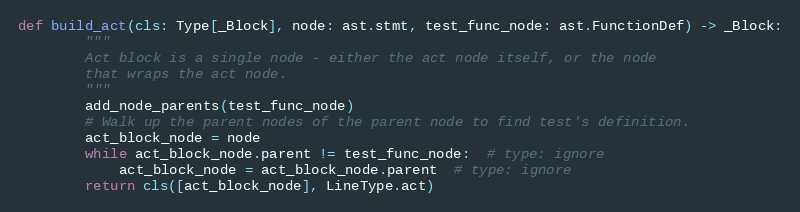
Language: Python
def build_act(cls: Type[_Block], node: ast.stmt, test_func_node: ast.FunctionDef) -> _Block:
        """
        Act block is a single node - either the act node itself, or the node
        that wraps the act node.
        """
        add_node_parents(test_func_node)
        # Walk up the parent nodes of the parent node to find test's definition.
        act_block_node = node
        while act_block_node.parent != test_func_node:  # type: ignore
            act_block_node = act_block_node.parent  # type: ignore
        return cls([act_block_node], LineType.act)